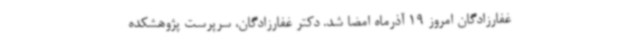
غفارزادگان امروز 19 آذرماه امضا شد. دکتر غفارزادگان، سرپرست پژوهشکده